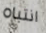
انتباه